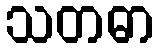
သတဓာ